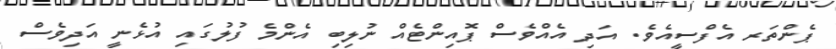
ޕެންތަރ އެފްސީއެވެ. އަދި އެއްވެސް ޕޮއިންޓެއް ނުލިބި އެންމެ ފުލުގައި އުޅެނީ އަދިވެސް